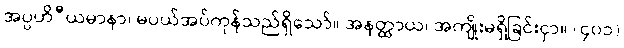
အပ္ပဟိီယမာနာ၊ မပယ်အပ်ကုန်သည်ရှိသော်။ အနတ္ထာယ၊ အကျိုးမရှိခြင်းငှာ။ (၄၀၁)